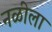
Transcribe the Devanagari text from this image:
नळीला